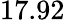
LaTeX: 17.92